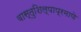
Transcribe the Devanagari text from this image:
वास्तुशिल्पाप्रमाणे